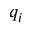
q _ { i }